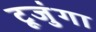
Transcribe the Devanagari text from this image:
टूजुंगा